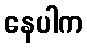
နေပါက